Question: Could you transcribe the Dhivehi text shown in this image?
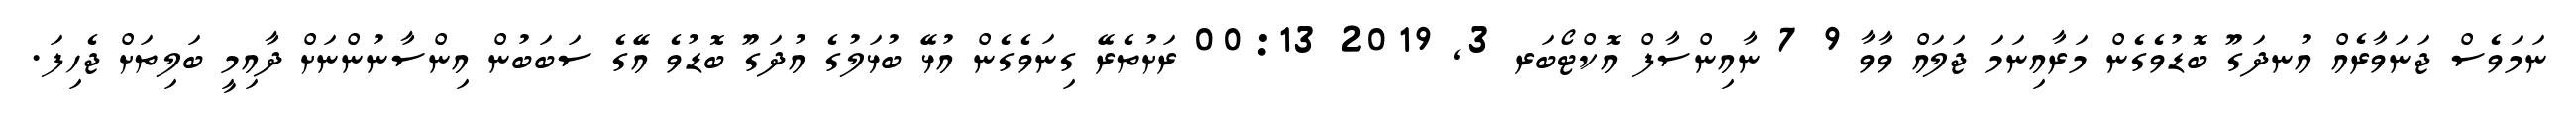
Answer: ނަމަވެސް ޖަނަވާރެއް އުނދަގޫ ބޮޑުވެގެން މަރާއިނަމަ ޖަލައް ވާވާ 9 7 ނާއިންސާފް އޮކްޓޯބަރ 3, 2019 00:13 ރަށުތެރޭ ގިނަވެގެން އުޅޭ ބުޅަލުގެ އުދަގޫ ބޮޑުވެ އޭގެ ސަބަބުން އިންސާނުންނަށް ދާއިމީ ބަލިތަށް ޖެހިފަ.